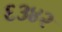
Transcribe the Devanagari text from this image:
६३४२